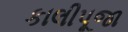
કાલીપૂજા